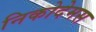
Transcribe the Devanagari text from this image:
निकोदेमस